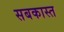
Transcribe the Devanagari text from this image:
सबकास्त